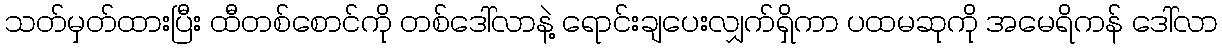
သတ်မှတ်ထားပြီး ထီတစ်စောင်ကို တစ်ဒေါ်လာနဲ့ ရောင်းချပေးလျှက်ရှိကာ ပထမဆုကို အမေရိကန် ဒေါ်လာ